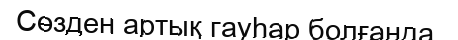
Сөзден артық гауһар болғанда,